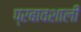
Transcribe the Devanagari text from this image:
प्रबावशाली